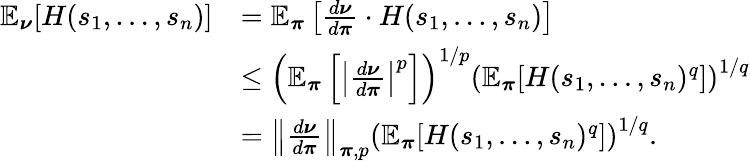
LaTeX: \begin{array}{rl}{\mathbb{E}_{\boldsymbol\nu}[H(s_{1},\dots,s_{n})]}&{=\mathbb{E}_{\boldsymbol\pi}\left[\frac{d\boldsymbol\nu}{d\boldsymbol\pi}\cdot H(s_{1},\dots,s_{n})\right]}\\ &{\leq\left(\mathbb{E}_{\boldsymbol\pi}\left[\left\lvert\frac{d\boldsymbol\nu}{d\boldsymbol\pi}\right\rvert^{p}\right]\right)^{1/p}\left(\mathbb{E}_{\boldsymbol\pi}[H(s_{1},\dots,s_{n})^{q}]\right)^{1/q}}\\ &{=\left\lVert\frac{d\boldsymbol\nu}{d\boldsymbol\pi}\right\rVert_{\boldsymbol\pi,p}\left(\mathbb{E}_{\boldsymbol\pi}[H(s_{1},\dots,s_{n})^{q}]\right)^{1/q}.}\end{array}